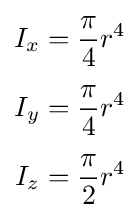
{\begin{aligned}I_{x}&={\frac {\pi }{4}}r^{4}\\[3pt]I_{y}&={\frac {\pi }{4}}r^{4}\\[3pt]I_{z}&={\frac {\pi }{2}}r^{4}\end{aligned}}